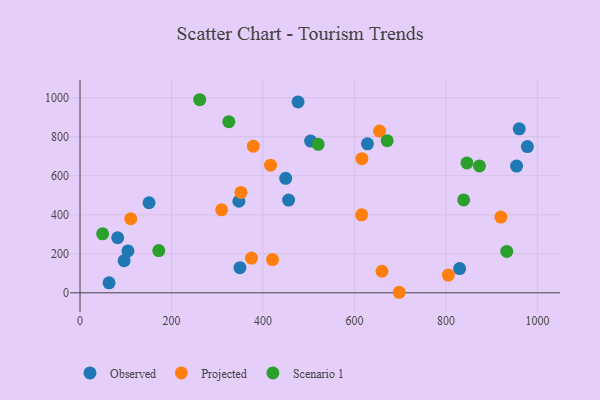
{"axis": {"x": "Study Hours", "y": "Sales"}, "legend": ["Observed", "Projected", "Scenario 1"], "data": [{"x": "954.1", "y": 649.8, "type": "Observed"}, {"x": "455.8", "y": 475.1, "type": "Observed"}, {"x": "104.7", "y": 214.9, "type": "Observed"}, {"x": "63.4", "y": 51.2, "type": "Observed"}, {"x": "504.0", "y": 777.8, "type": "Observed"}, {"x": "959.9", "y": 840.6, "type": "Observed"}, {"x": "628.2", "y": 763.4, "type": "Observed"}, {"x": "977.7", "y": 749.4, "type": "Observed"}, {"x": "150.8", "y": 461.5, "type": "Observed"}, {"x": "476.5", "y": 978.3, "type": "Observed"}, {"x": "449.5", "y": 587.0, "type": "Observed"}, {"x": "349.5", "y": 128.9, "type": "Observed"}, {"x": "829.6", "y": 124.2, "type": "Observed"}, {"x": "347.2", "y": 469.2, "type": "Observed"}, {"x": "96.4", "y": 164.7, "type": "Observed"}, {"x": "82.3", "y": 282.2, "type": "Observed"}, {"x": "660.0", "y": 110.6, "type": "Projected"}, {"x": "919.8", "y": 388.4, "type": "Projected"}, {"x": "351.7", "y": 514.6, "type": "Projected"}, {"x": "110.9", "y": 379.5, "type": "Projected"}, {"x": "374.7", "y": 178.1, "type": "Projected"}, {"x": "420.7", "y": 170.3, "type": "Projected"}, {"x": "654.6", "y": 828.8, "type": "Projected"}, {"x": "804.9", "y": 91.0, "type": "Projected"}, {"x": "309.4", "y": 425.3, "type": "Projected"}, {"x": "378.8", "y": 751.5, "type": "Projected"}, {"x": "616.1", "y": 687.5, "type": "Projected"}, {"x": "697.6", "y": 2.7, "type": "Projected"}, {"x": "416.5", "y": 654.0, "type": "Projected"}, {"x": "615.5", "y": 399.6, "type": "Projected"}, {"x": "873.0", "y": 650.2, "type": "Scenario 1"}, {"x": "838.5", "y": 476.2, "type": "Scenario 1"}, {"x": "325.2", "y": 877.1, "type": "Scenario 1"}, {"x": "845.6", "y": 665.6, "type": "Scenario 1"}, {"x": "932.7", "y": 212.2, "type": "Scenario 1"}, {"x": "172.1", "y": 216.3, "type": "Scenario 1"}, {"x": "49.4", "y": 302.2, "type": "Scenario 1"}, {"x": "261.6", "y": 989.7, "type": "Scenario 1"}, {"x": "520.5", "y": 761.3, "type": "Scenario 1"}, {"x": "671.3", "y": 779.9, "type": "Scenario 1"}]}